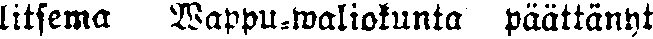
litsema Wappu-Waliokunta päättänyt